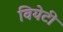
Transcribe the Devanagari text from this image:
वियेटी